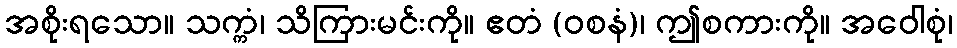
အစိုးရသော။ သက္ကံ၊ သိကြားမင်းကို။ ဧတံ (ဝစနံ)၊ ဤစကားကို။ အဝေါစုံ၊